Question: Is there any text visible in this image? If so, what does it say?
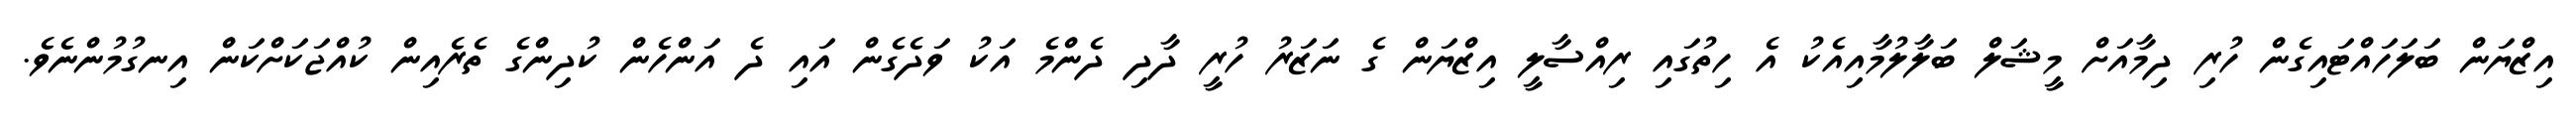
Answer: އިޒްޔަން ބަލަހައްޓައިގެން ހުރި ދިމާއަށް މީޝަލް ބަލާލުމާއިއެކު އެ ހިތުގައި ރިއްސާލީ އިޒްޔަން ގެ ނަޒަރު ހުރީ ދާދި ދެންމެ އަކު ވަދެގެން އައި ދެ އަންހެން ކުދިންގެ ތެރެއިން ކުއްޖަކަށްކަން އިނގުމުންނެވެ.